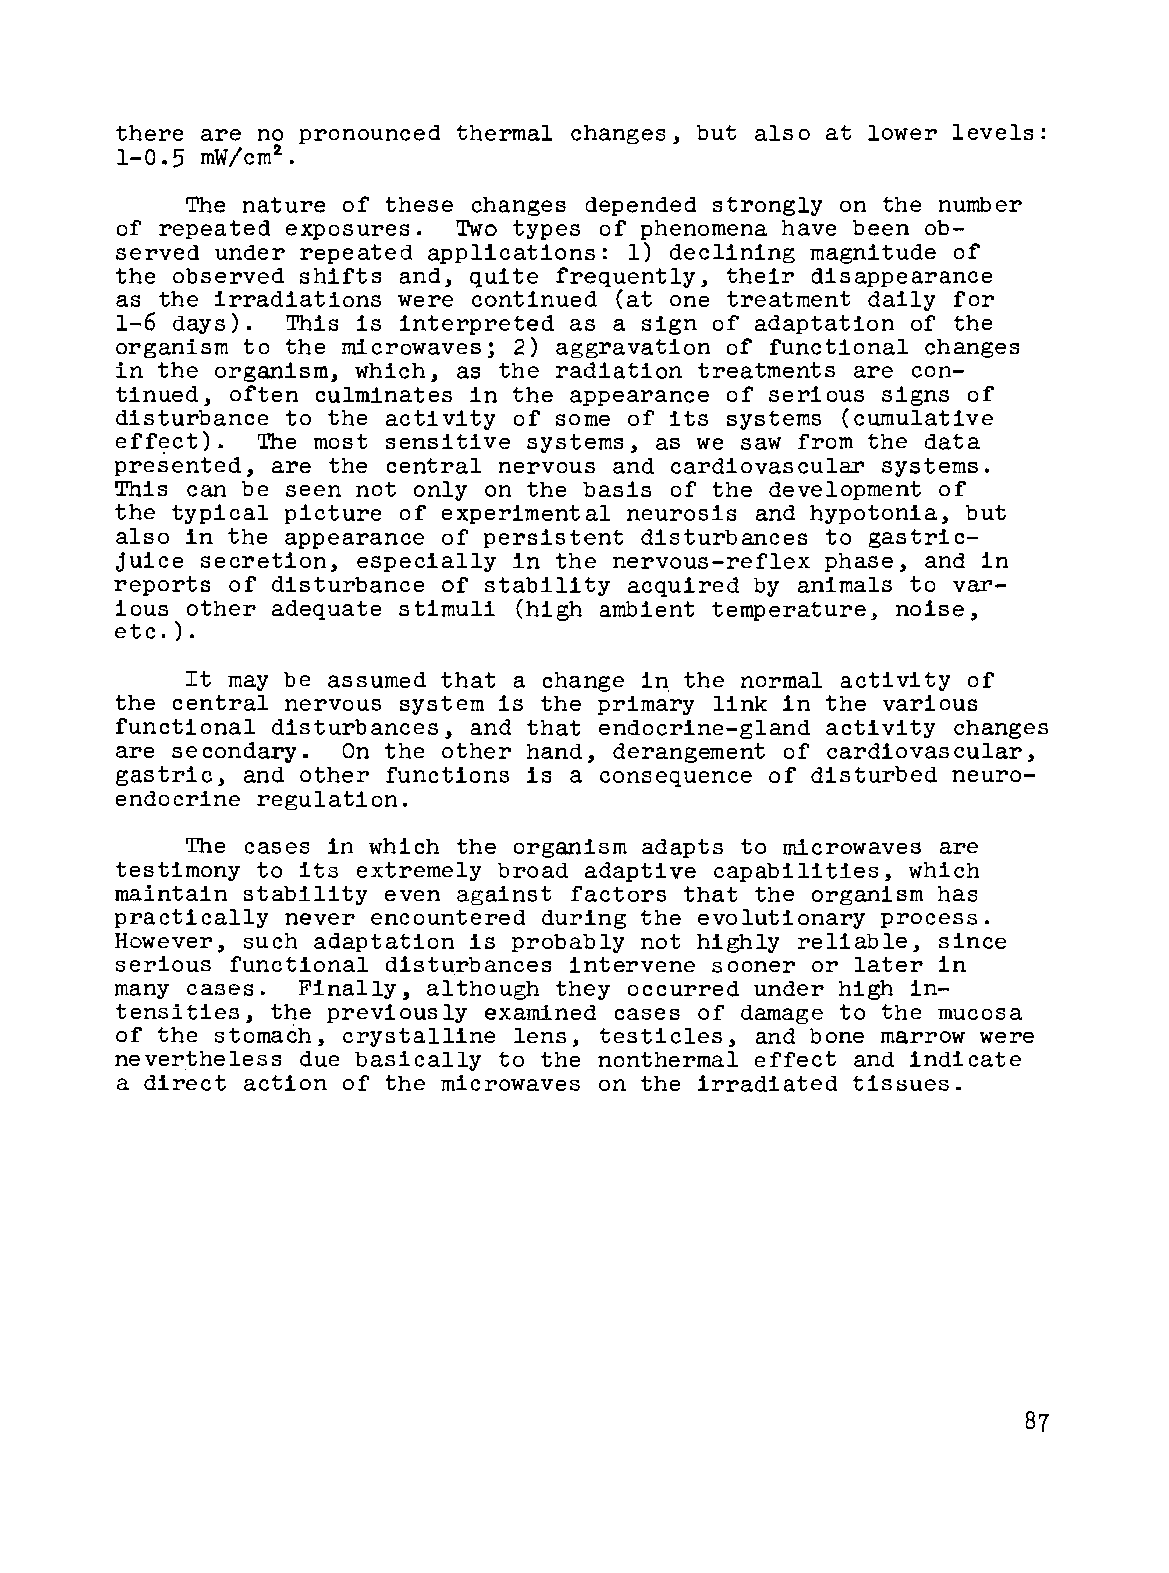
there are no pronounced thermal changes, but also at lower levels:
 1-0.5 mW/cm2
 •
 The nature of these changes depended strongly on the number
 of repeated exposures. Two types of phenomena have been ob
 served under repeated applications: 1) declining magnitude of
 the observed shifts and, quite frequently, their disappearance
 as the irradiations were continued (at one treatment daily for
 1-6 days). This is interpreted as a sign of adaptation of the
 organism to the microwaves; 2) aggravation of functional changes
 in the organism, which, as the radiation treatments are con
 tinued, often culminates in the appearance of serious signs of
 disturbance to the activity of some of its systems (cumulative
 effect). The most sensitive systems, as we saw from the data
 presented, are the central nervous and cardiovascular systems.
 This can be seen not only on the basis of the development of
 the typical picture of experimental neurosis and hypotonia, but
 also in the appearance of persistent disturbances to gastric
 juice secretion, especially in the nervous-reflex phase, and in
 reports of disturbance of stability acquired by animals to var
 ious other adequate stimuli (high ambient temperature, noise,
 etc. ) .
 It may be assumed that a change in the normal activity of
 the central nervous system is the primary link in the various
 functional disturbances, and that endocrine-gland activity changes
 are secondary. On the other hand, derangement of cardiovascular,
 gastric, and other functions is a consequence of disturbed neuro
 endocrine regulation.
 The cases in which the organism adapts to microwaves are
 testimony to its extremely broad adaptive capabilities, which
 maintain stability even against factors that the organism has
 practically never encountered during the evolutionary process.
 However, such adaptation is probably not highly reliable, since
 serious functional disturbances intervene sooner or later in
 many cases. Finally, although they occurred under high in
 tensities, the previously examined cases of damage to the mucosa
 of the stomach, crystalline lens, testicles, and bone marrow were
 nevertheless. due basically to the nonthermal effect and indicate
 a direct action of the microwaves on the irradiated tissues.
 87